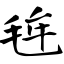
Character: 毪